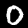
Label: 0